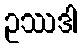
ဥဿဒါ